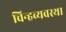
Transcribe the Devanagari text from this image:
चिन्हव्यवस्था